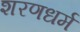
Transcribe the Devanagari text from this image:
शरणधर्म